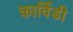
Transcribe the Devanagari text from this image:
कार्विडी